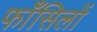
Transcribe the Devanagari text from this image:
फाँसिलों